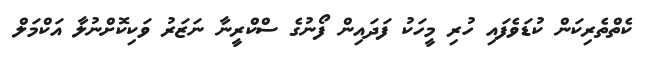
ކެތްތެރިކަން ކުޑަވެފައި ހުރި މީހަކު ފަދައިން ފޯނުގެ ސްކްރީނާ ނަޒަރު ވަކިކޮށްނުލާ އަކްމަލް